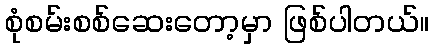
စုံစမ်းစစ်ဆေးတော့မှာ ဖြစ်ပါတယ်။